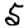
Digit: 5